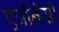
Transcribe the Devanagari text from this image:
एबीनेसी